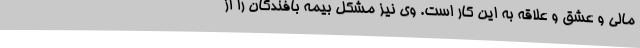
مالی و عشق و علاقه به این کار است. وی نیز مشکل بیمه بافندگان را از